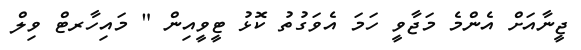
ޖީނާއަށް އެންމެ މަޖާވީ ހަމަ އެވަގުތު ކޮޅު ޓީވީއިން " މައިހާރޓް ވިލް